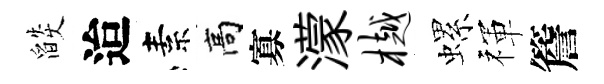
燄迨素高寡濛樾螺禈簷